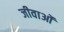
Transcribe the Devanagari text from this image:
जीवाओं